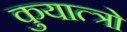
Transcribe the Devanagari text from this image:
कुयात्त्रो